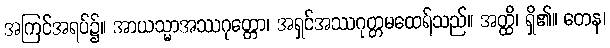
အကြင်အရပ်၌။ အာယသ္မာအဿဂုတ္တော၊ အရှင်အဿဂုတ္တမထေရ်သည်။ အတ္ထိ၊ ရှိ၏။ တေန၊